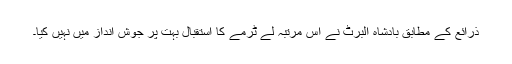
ذرائع کے مطابق بادشاہ البرٹ نے اس مرتبہ لے ٹرمے کا استقبال بہت پر جوش انداز میں نہیں کیا۔